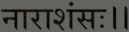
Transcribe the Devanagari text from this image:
नाराशंसः।।